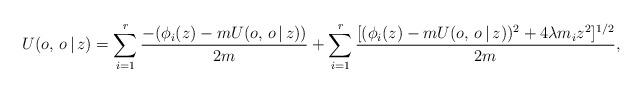
LaTeX: \begin{align*} U(o, \, o\, |\, z) = \sum_{i=1}^r \frac{- (\phi_i(z)-mU(o, \, o\, |\, z))}{2m} + \sum_{i=1}^r\frac{[(\phi_i(z)- mU(o, \, o\, |\, z))^2+4\lambda m_iz^2]^{1/2}}{2m}, \end{align*}